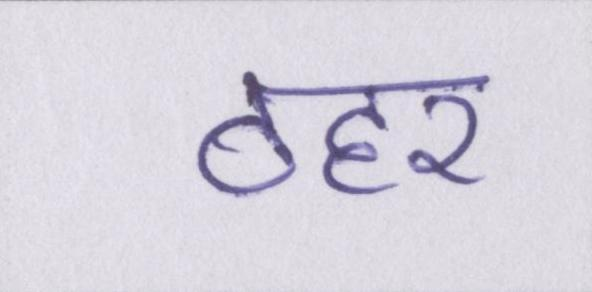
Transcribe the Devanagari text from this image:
ठहर